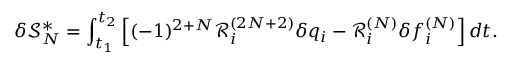
\delta \mathcal { S } _ { N } ^ { * } = \int _ { t _ { 1 } } ^ { t _ { 2 } } \left[ ( - 1 ) ^ { 2 + N } \mathcal { R } _ { i } ^ { ( 2 N + 2 ) } \delta { q } _ { i } - \mathcal { R } _ { i } ^ { ( N ) } \delta f _ { i } ^ { ( N ) } \right] d t .